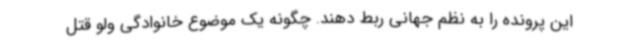
این پرونده را به نظم جهانی ربط دهند. چگونه یک موضوع خانوادگی ولو قتل